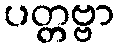
ပတ္တဗ္ဗာ